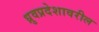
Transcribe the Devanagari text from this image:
ध्रुवप्रदेशावरील